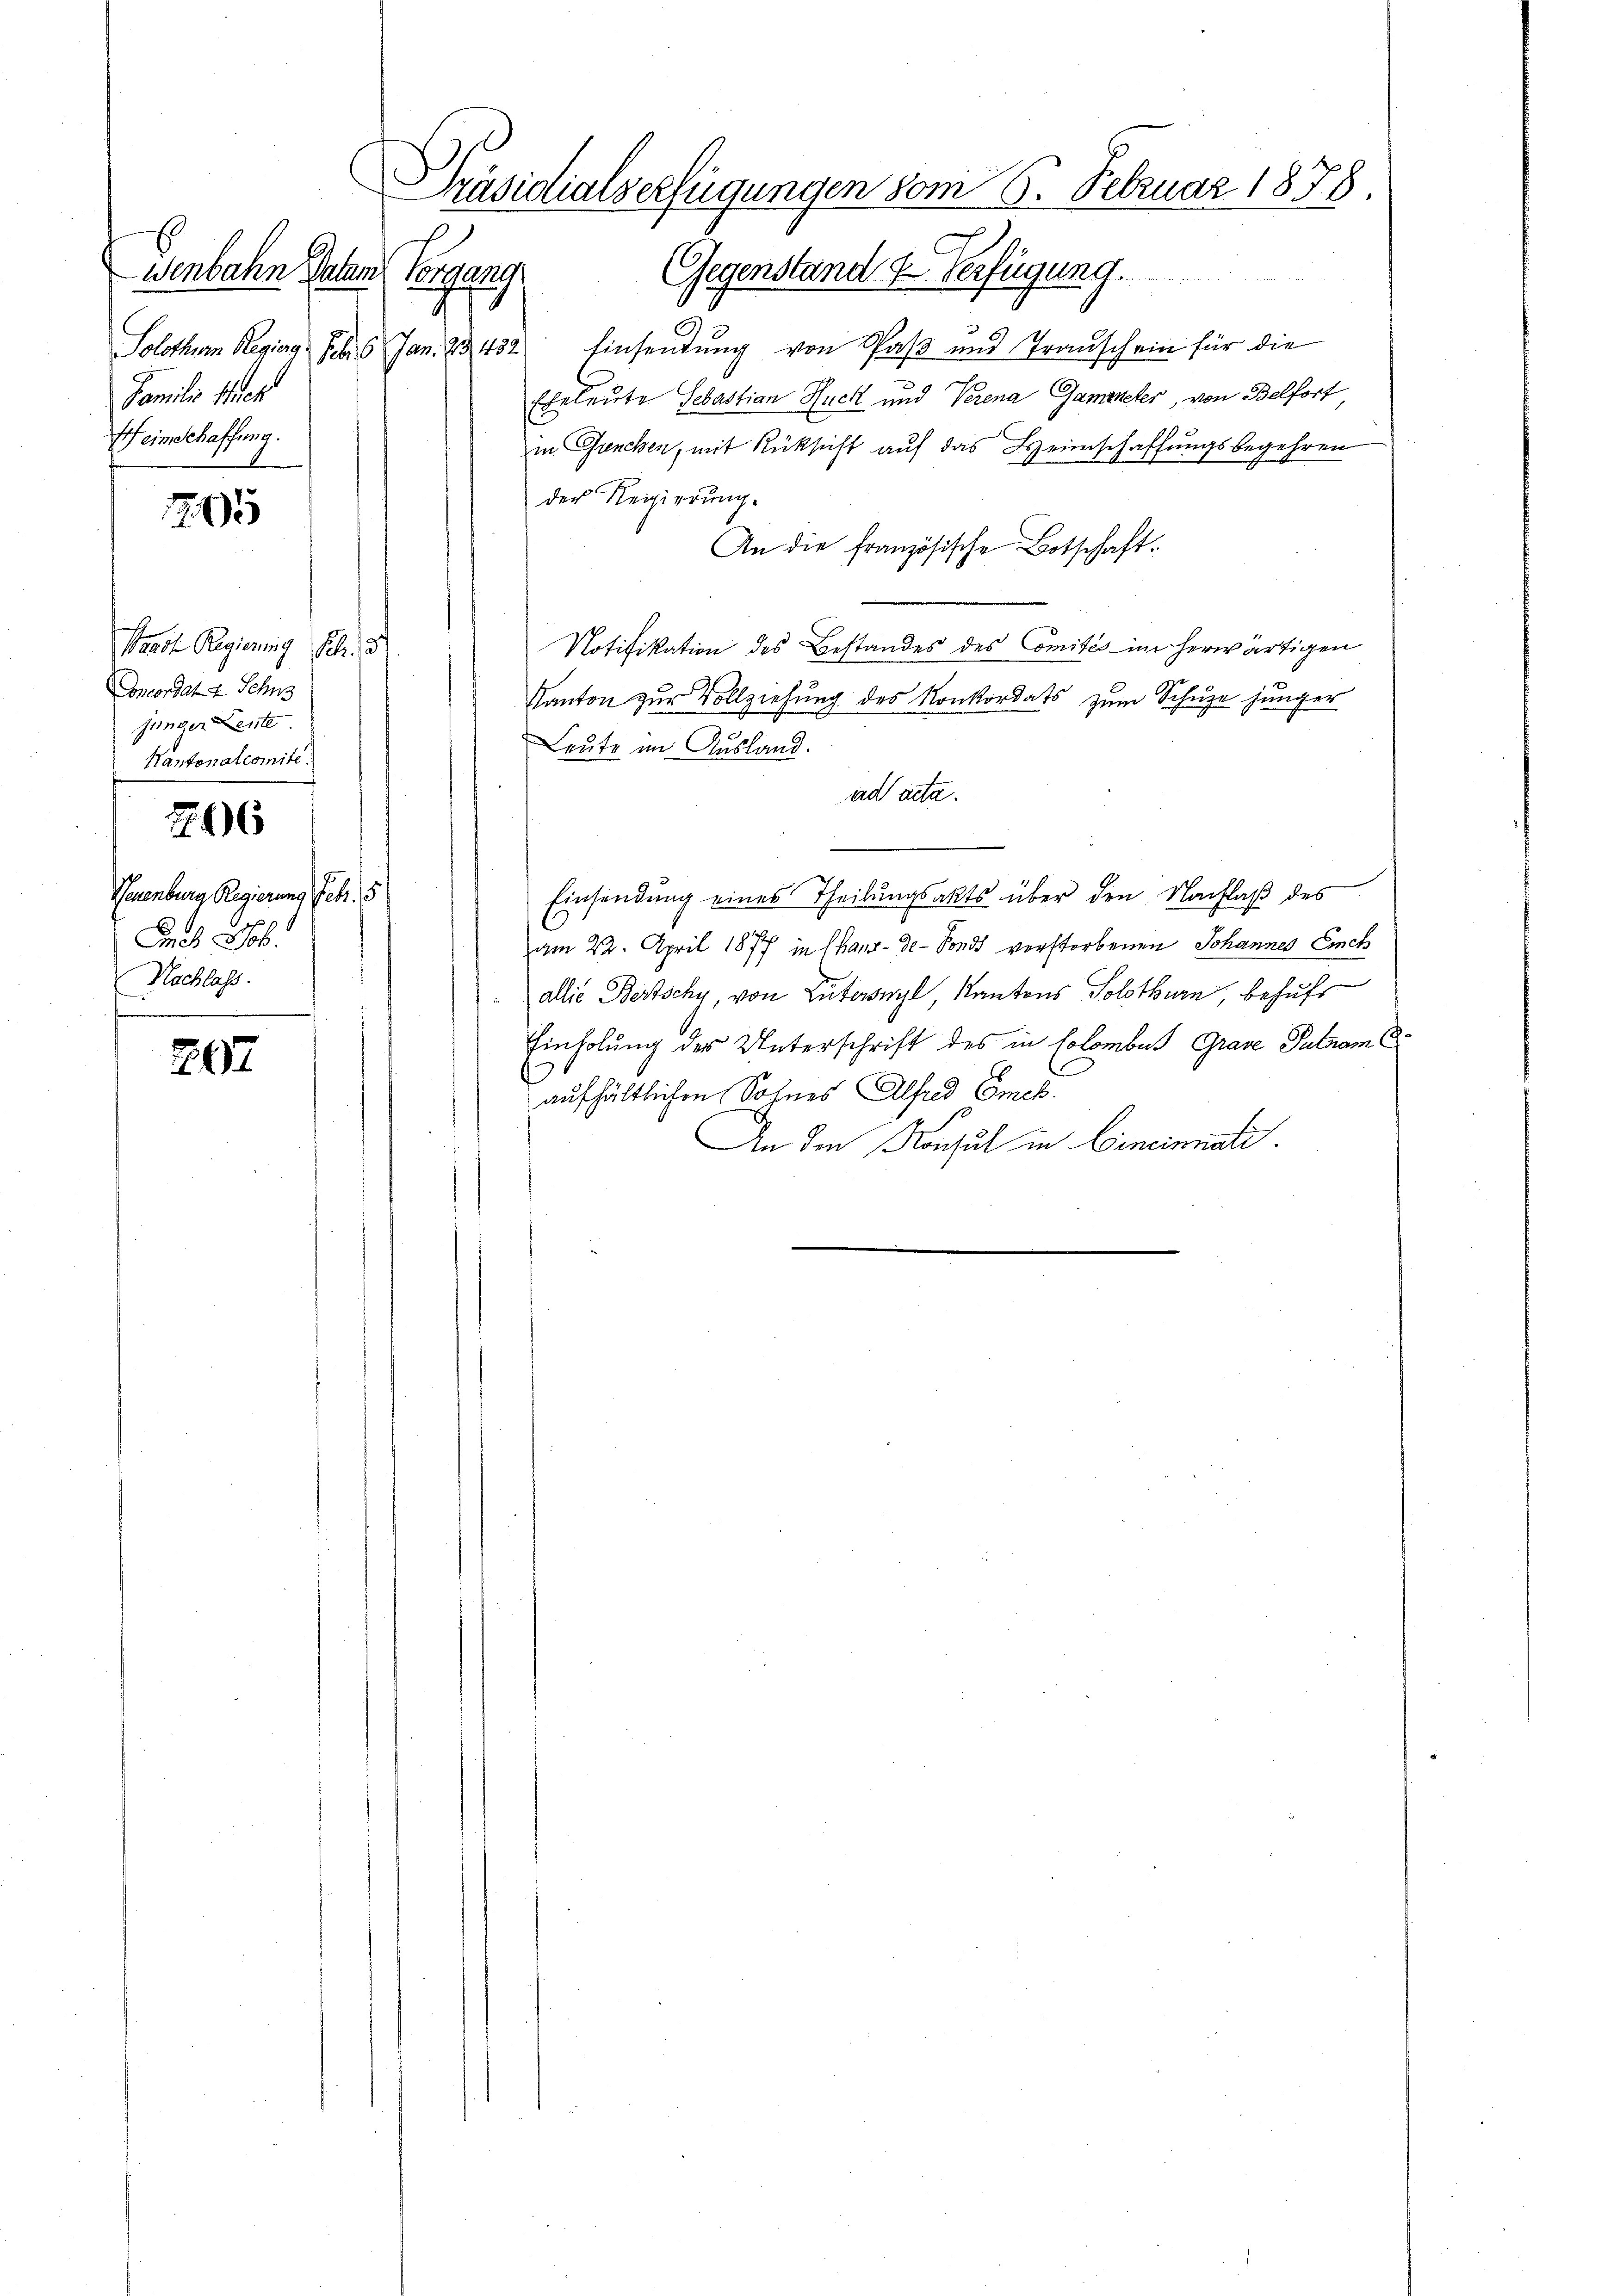
Wenbahn Datum
Solothum Regieng. Feb. 16. Jan. 23, 432
Familie sich
eimschaffung.

1245

Waadt Regierung Sch. d
Concordat 4. Sehns
jünger Leute
Kantonalcomite.
266
Neuenburg Regierung Febr. 15
Ses Joh.
Nachlass.

267

Präsidialverfügungen vom 6. Februar 1878.
Vorgang. Gegenstand u. Verfügung.

Einsendung von Paß und Trauschein für die
Eheleute Sebastian Huck und Verena Gammeter, von Belfort
in Ganchen, mit Rücksicht auf das Heimschaffungsbegehren
der Regierung.
An die französische Botschaft.
Notifikation des Bestandes des omités im herwärtigen
Kanton zur Vollziehung des Konkordats zum Schuze jünger
Leute im Ausland.
ad acta.
Einsendung eines Theilungsakts über den Nachlaß des
am 22. April 1877 in Chaux-de-Fonds verstorbenen Johannes Eich
allie Bertschy, von Lutonyl, Kantons Solothurn behufs
Einholung des Unterschrift des in Colombar Grave Putnam C
aufhältlichen Sohnes Alfred Emck.
An den Konsul in Cincinati